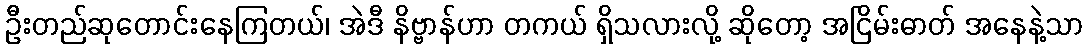
ဦးတည်ဆုတောင်းနေကြတယ်၊ အဲဒီ နိဗ္ဗာန်ဟာ တကယ် ရှိသလားလို့ ဆိုတော့ အငြိမ်းဓာတ် အနေနဲ့သာ